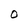
Character: O